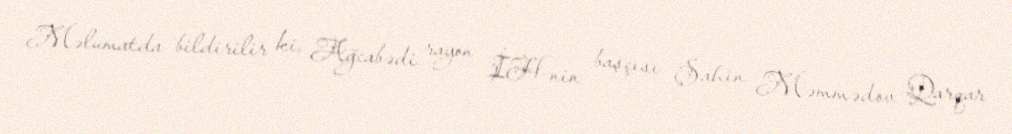
Məlumatda bildirilir ki, Ağcabədi rayon İH-nin başçısı Şahin Məmmədov Qarqar